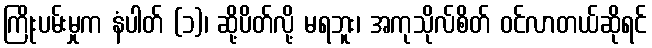
ကြိုးပမ်းမှုက နံပါတ် (၁)၊ ဆို့ပိတ်လို့ မရဘူး၊ အကုသိုလ်စိတ် ဝင်လာတယ်ဆိုရင်